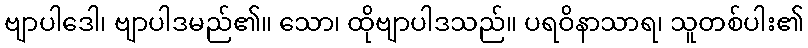
ဗျာပါဒေါ၊ ဗျာပါဒမည်၏။ သော၊ ထိုဗျာပါဒသည်။ ပရဝိနာသာရ၊ သူတစ်ပါး၏